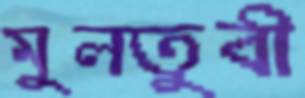
মুলতুবী